Report of the Indian Hemp Drugs Commission, 1894-1895 - Volume I
Year: 1894
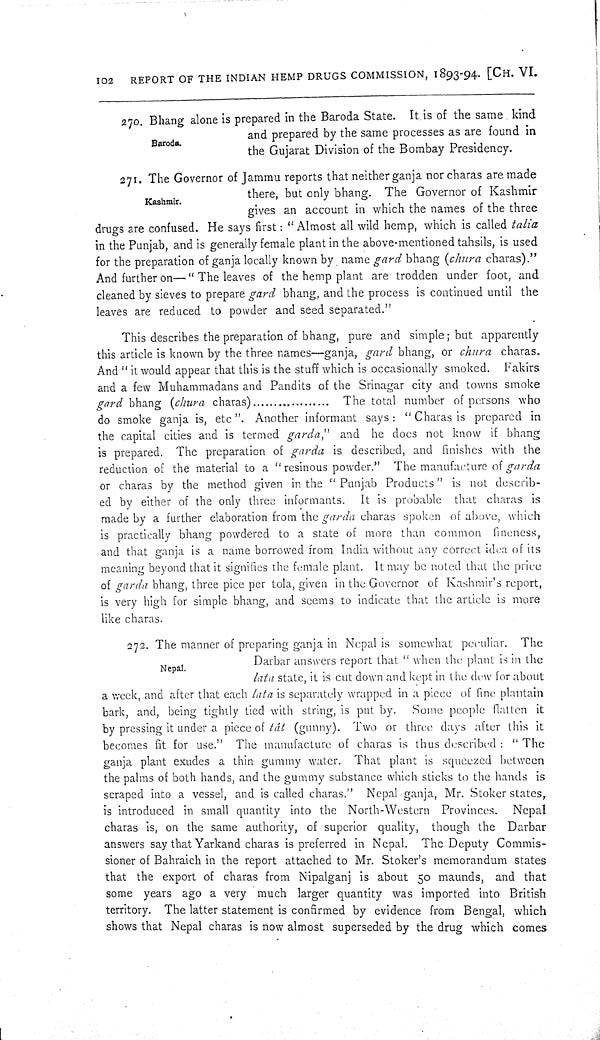
102 REPORT OF THE INDIAN HEMP DRUGS COMMISSION, 1893-94. [CH. VI.
Baroda.
270. Bhang alone is prepared in the Baroda State. It is of the same kind
and prepared by the same processes as are found in
the Gujarat Division of the Bombay Presidency.
271. The Governor of Jammu reports that neither ganja nor charas are made
there, but only bhang. The Governor of Kashmir
Kashmir.
gives an account in which the names of the three
drugs are confused. He says first: "Almost all wild hemp, which is called talia
in the Punjab, and is generally female plant in the above-mentioned tahsils, is used
for the preparation of ganja locally known by name gard bhang (chura charas)."
And further on— "The leaves of the hemp plant are trodden under foot, and
cleaned by sieves to prepare gard bhang, and the process is continued until the
leaves are reduced to powder and seed separated."
This describes the preparation of bhang, pure and simple; but apparently
this article is known by the three names—ganja, gard bhang, or chura charas.
And "it would appear that this is the stuff which is occasionally smoked. Fakirs
and a few Muhammadans and Pandits of the Srinagar city and towns smoke
gard bhang (churn charas)........................ The total number of persons who
do smoke ganja is, etc". Another informant says: "Charas is prepared in
the capital cities and is termed garda," and he does not know if bhang
is prepared. The preparation of garda is described, and finishes with the
reduction of the material to a "resinous powder." The manufacture of garda
or charas by the method given in the "Punjab Products" is not describ¬
ed by either of the only three informants. It is probable that charas is
made by a further elaboration from the garda charas spoken of above which
is practically bhang powdered to a state of more than common
fineness,
and that ganja is a name borrowed from India without any correct idea of its
meaning beyond that it signifies the female plant. It may be noted that the price
of garda bhang, three pice per tola, given in the Governor of Kashmir's report,
is very high for simple bhang, and seems to indicate that the article is more
like charas.
272. The manner of preparing ganja in Nepal is somewhat peculiar. The
Darbar answers report that "when the plant is in the
lata state, it is cut down and kept in the dew for about
a week, and after that each lata is separately wrapped in a piece of fine plantain
bark, and, being tightly tied with string, is put by. Some people flatten it
by pressing it under a piece of tát (gunny). Two or three days after this it
becomes fit for use." The manufacture of charas is thus described: "The
ganja plant exudes a thin gummy water. That plant is squeezed between
the palms of both hands, and the gummy substance which sticks to the hands is
scraped into a vessel, and is called charas." Nepal ganja, Mr. Stoker states,
is introduced in small quantity into the North-Western Provinces.
Nepal
charas is, on the same authority, of superior quality, though the Darbar
answers say that Yarkand charas is preferred in Nepal. The Deputy Commis¬
sioner of Bahraich in the report attached to Mr. Stoker's memorandum states
that the export of charas from Nipalganj is about 50 maunds, and that
some years ago a very much larger quantity was imported into British
territory. The latter statement is confirmed by evidence from Bengal, which
shows that Nepal charas is now almost superseded by the drug which comes
Nepal.